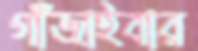
গাঁজাইবার